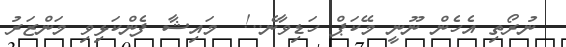
ނުރޯތި އެހެން ނޫނީ މޭކަޕް ހަޑިވާނެ..!  މައިޝާ ފެންކަޅިވި މަންޒަރު